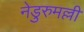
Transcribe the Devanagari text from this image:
नेडुरुमल्ली